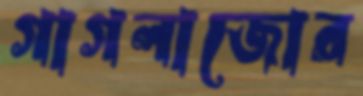
গাগলাজোর